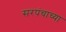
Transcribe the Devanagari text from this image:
सरपंचाच्या